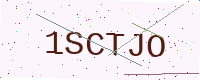
Text: 1SCTJO